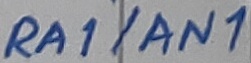
Text: RA1/AN1